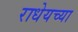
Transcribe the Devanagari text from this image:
राधेयच्या